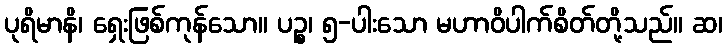
ပုရိမာနိ၊ ရှေးဖြစ်ကုန်သော။ ပဉ္စ၊ ၅-ပါးသော မဟာဝိပါက်စိတ်တို့သည်။ ဆ၊